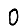
Digit: 0